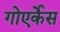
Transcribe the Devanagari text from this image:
गोएर्केस